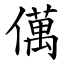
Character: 㒖